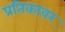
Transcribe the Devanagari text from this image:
प्रतिकावर